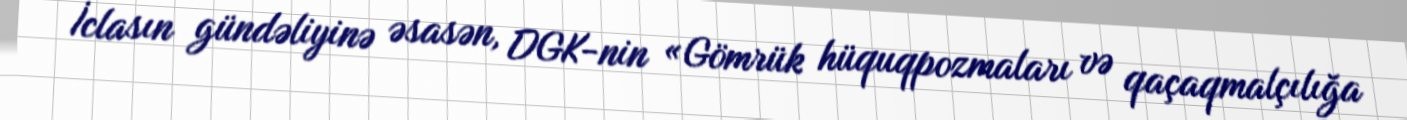
İclasın gündəliyinə əsasən, DGK-nin «Gömrük hüquqpozmaları və qaçaqmalçılığa